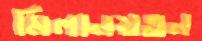
মিলানয়তন